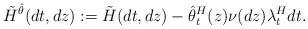
LaTeX: \begin{align*}\tilde{H}^{\hat\theta}(dt,dz):=\tilde{H}(dt,dz)-{\hat\theta^H}_t(z)\nu(dz)\lambda^H_t dt.\end{align*}